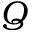
Q